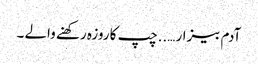
آدم بیزار …..چپ کا روزہ رکھنے والے ۔